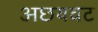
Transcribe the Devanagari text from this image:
अछयवट